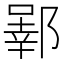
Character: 𬪒